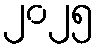
၂၀၂၅